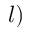
l )